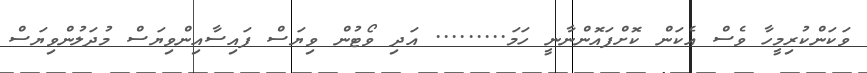
ވަކަންކުރިމީހާ ވެސް އެކަން ކޮށްފައޮންނާނީ ހަމަ......... އަދި ވޯޓުން ވިޔަސް ފައިސާއިންވިޔަސް މުދަލުންވިޔަސް